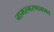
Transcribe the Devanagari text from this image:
नामस्मरणाबाबत